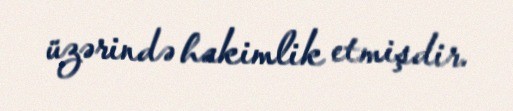
üzərində hakimlik etmişdir.